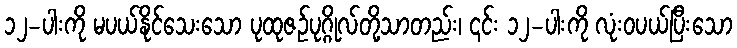
၁၂-ပါးကို မပယ်နိုင်သေးသော ပုထုဇဉ်ပုဂ္ဂိုလ်တို့သာတည်း၊ ၎င်း ၁၂-ပါးကို လုံးဝပယ်ပြီးသော